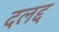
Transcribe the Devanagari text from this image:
दलद्द